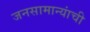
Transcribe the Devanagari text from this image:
जनसामान्यांची